Report of the Indian Hemp Drugs Commission, 1894-1895 - Volume IV
Year: 1894
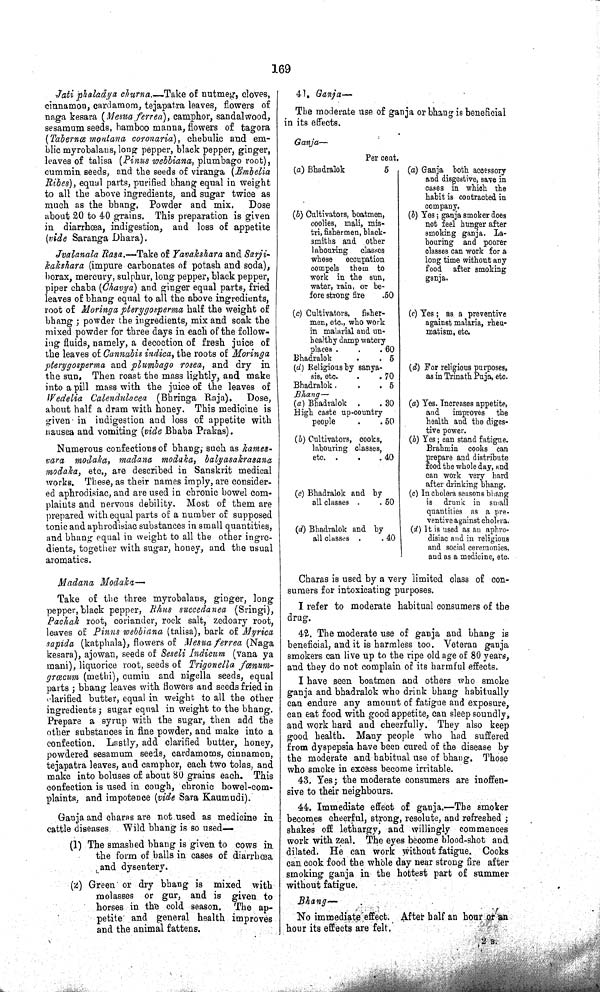
169
Jati phaladya churna.—Take of nutmeg, cloves,
cinnamon, cardamom, tejapatra leaves, flowers of
naga kesara (Mesua ferrea), camphor, sandal wood,
sesamum seeds, hamboo manna, flowers of tagora
(Tabernœ montana coronaria), chebulic and em-
blic myrobalans, long pepper, black pepper, ginger,
leaves of talisa (Pinus webbiana, plumbago root),
cummin seeds, and the seeds of viranga (Embelia
Ribes), equal parts, purified bhang equal in weight
to all the above ingredients, and sugar twice as
much as the bhang. Powder and mix. Dose
about 20 to 40 grains. This preparation is given
in diarrhœa, indigestion, and loss of appetite
(vide Saranga Dhara).
Jvalanala Rasa.—Take of Yavakshara and Sarji-
kakshara (impure carbonates of potash and soda),
borax, mercury, sulphur, long pepper, black pepper,
piper chaba (Chavya) and ginger equal parts, fried
leaves of bhang equal to all the above ingredients,
root of Moringa pterygosperma half the weight of
bhang; powder the ingredients, mix and soak the
mixed powder for three days in each of the follow¬
ing fluids, namely, a decoction of fresh juice of
the leaves of Cannabis indica, the roots of Moringa
pterygosperma and plumbago rosea, and dry in
the sun. Then roast the mass lightly, and make
into a pill mass with the juice of the leaves of
Wedelia Calendulacea (Bhringa Raja).
Dose,
about half a dram with honey. This medicine is
given in indigestion and loss of appetite with
nausea and vomiting (vide Bhaba Prakas).
Numerous confections of bhang; such as kames-
vara modaka, madana modaka, balyasakrasana
modaka, etc., are described in Sanskrit medical
works. These, as their names imply, are consider¬
ed aphrodisiac, and are used in chronic bowel com¬
plaints and nervous debility. Most of them are
prepared with equal parts of a number of supposed
tonic and aphrodisiac substances in small quantities,
and bhang equal in weight to all the other ingre¬
dients, together with sugar, honey, and the usual
aromatics.
Madana Modalca—
Take of the three myrobalans, ginger, long
pepper, black pepper, Rhus succedanea (Sringi),
Pachak root, coriander, rock salt, zedoary root,
leaves of Pinus webbiana (talisa), bark of Myrica
sapida (katphala), flowers of Mesua ferrea (Naga
kesara), ajowan, seeds of Seseli Indicum (vana ya
mani), liquorice root, seeds of Trigonella fœnum-
grœcum (methi), cumin and nigella seeds, equal
parts; bhang leaves with flowers and seeds fried in
clarified butter, equal in weight to all the other
ingredients; sugar equal in weight to the bhang.
Prepare a syrup with the sugar, then add the
other substances in fine powder, and make into a
confection. Lastly, add clarified butter, honey,
powdered sesamum seeds, cardamoms, cinnamon,
tejapatra leaves, and camphor, each two tolas, and
make into boluses of about 80 grains each. This
confection is used in cough, chronic bowel-com¬
plaints, and impotence (vide Sara Kaumudi).
Ganja and charas are not used as medicine in
cattle diseases. Wild bhang is so used—
bhang is given to cows in
the form of balls in cases of diarrhœa
and dysentery.
(2) Green or dry bhang is mixed with
molasses or gur, and is given to
horses in the cold season. The ap¬
petite and general health improves
and the animal fattens.
41. Ganja—
The moderate use of ganja or bhang is beneficial
in its effects.
Ganja—
Per cent.
(a) Bhadralok
5
(a) Ganja both accessory
and disgestive, save in
cases in which the
habit is contracted in
company.
(b) Cultivators, boatmen,
coolies, mali, mis-
tri, fishermen, black-
smiths and other
labouring
classes
whose
occupation
compels them to
work in the sun,
water, rain, or be-
fore strong fire 50
(b) Yes; ganja smoker does
not feel hunger after
smoking ganja. La-
bouring and poorer
classes can work for a
long time without any
food after smoking
ganja.
(c) Cultivators,
fisher-
men, etc., who work
in malarial and un-
healthy damp watery
places
60
Bhadralok
5
(c) Yes; as a preventive
against malaria, rheu-
matism, etc.
(d) Religious by sanya-
sis, etc.
70
Bhadralok
5
Bhang—
(d) For religious purposes,
as in Trinath Puja, etc.
(a) Bhadralok
30
High caste up-country
people
50
(a) Yes. Increases appetite,
and
improves the
health and the diges-
tive power.
(b) Cultivators, cooks,
labouring classes,
etc.
40
(b) Yes; can stand fatigue.
Brahmin cooks can
prepare and distribute
food the whole day, and
can work very hard
after drinking bhang.
(c) Bhadralok and by
all classes
50
(c) In cholera seasons bhang
is drunk in small
quantities as a pre-
ventive against cholera.
(d) Bhadralok and by
all classes
40
(d) It is used as an aphro-
disiac and in religious
and social ceremonies,
and as a medicine, etc.
Charas is used by a very limited class of con¬
sumers for intoxicating purposes.
I refer to moderate habitual consumers of the
drug.
42. The moderate use of ganja and bhang is
beneficial, and it is harmless too. Veteran ganja
smokers can live up to the ripe old age of 80 years,
and they do not complain of its harmful effects.
I have seen boatmen and others who smoke
ganja and bhadralok who drink bhang habitually
can endure any amount of fatigue and exposure,
can eat food with good appetite, can sleep soundly,
and work hard and cheerfully. They also keep
good health. Many people who had suffered
from dyspepsia have been cured of the disease by
the moderate and habitual use of bhang. Those
who smoke in excess become irritable.
43. Yes; the moderate consumers are inoffen¬
sive to their neighbours.
44. Immediate effect of ganja.—The smoker
becomes cheerful, strong, resolute, and refreshed;
shakes off lethargy, and willingly commences
work with zeal. The eyes become blood-shot and
dilated. He can work without fatigue. Cooks
can cook food the whole day near strong fire after
smoking ganja in the hottest part of summer
without fatigue.
Bhang—
No immediate effect. After half an hour or an
hour its effects are felt.
2 B.